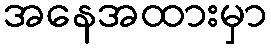
အနေအထားမှာ